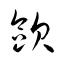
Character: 歐